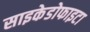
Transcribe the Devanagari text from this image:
साइकेडोफाइटा